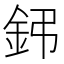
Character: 鈟